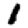
Digit: 1